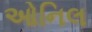
ઓનિલ